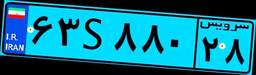
۰۸S۶۳۶۷۷